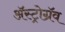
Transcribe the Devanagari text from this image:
अॅस्ट्रोग्रॅव